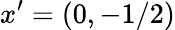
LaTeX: x^{\prime}=(0,-1/2)